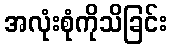
အလုံးစုံကိုသိခြင်း